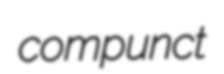
compunct